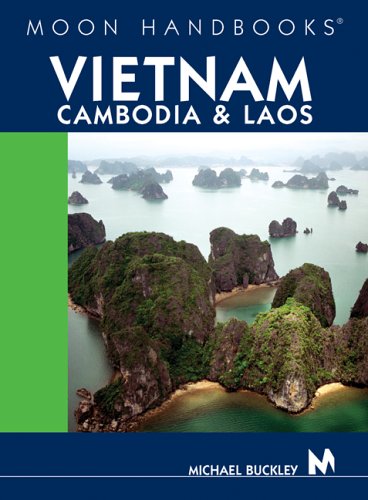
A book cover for Moon Handbooks Vietnam, Cambodia, and Laos; Michael Buckley; Travel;